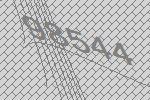
98544